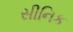
સીનિક